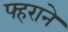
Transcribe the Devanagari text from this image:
फ्हराने